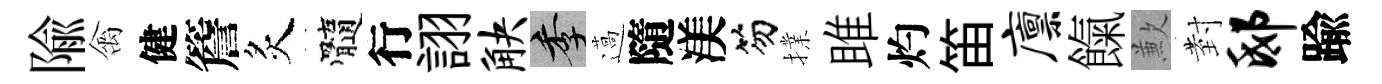
隃禽健簷炙髓行詡觖季薖隨渼笏擈雎灼笛廪餼歉𭔹邸踰